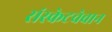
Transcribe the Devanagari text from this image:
संस्केटचेवान